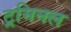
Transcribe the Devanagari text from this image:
ट्रमिनल